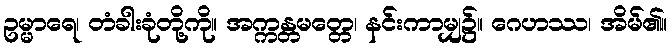
ဥမ္မာရေ၊ တံခါးခုံတို့ကို။ အက္ကန္တမတ္တေ၊ နင်းကာမျှ၌။ ဂေဟဿ၊ အိမ်၏။